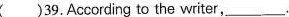
( )39.According to the writer, \underline.